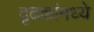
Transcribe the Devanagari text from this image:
दृढकांमध्ये